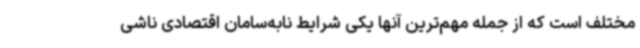
مختلف است که از جمله مهم‌ترین آنها یکی شرایط نابه‌سامان اقتصادی ناشی